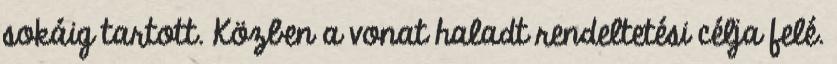
sokáig tartott. Közben a vonat haladt rendeltetési célja felé.